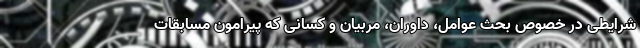
شرایطی در خصوص بحث عوامل، داوران، مربیان و کسانی که پیرامون مسابقات